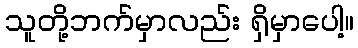
သူတို့ဘက်မှာလည်း ရှိမှာပေါ့။